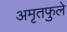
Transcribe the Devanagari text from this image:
अमृतफुले